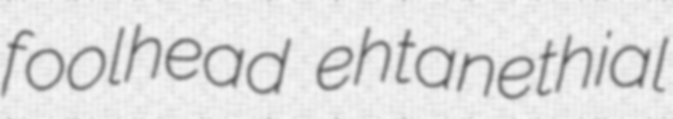
foolhead ehtanethial